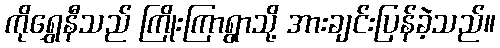
ကိုရွှေနီသည် ကြိုးကြာရွာသို့ အားချင်းပြန်ခဲ့သည်။